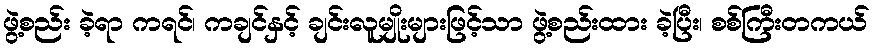
ဖွဲ့စည်း ခဲ့ရာ ကရင်၊ ကချင်နှင့် ချင်းလူမျိုးများဖြင့်သာ ဖွဲ့စည်းထား ခဲ့ပြီး၊ စစ်ကြီးတကယ်